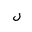
Letter: _lam